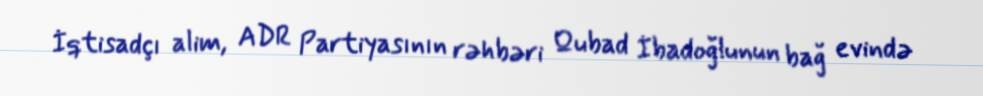
İqtisadçı alim, ADR Partiyasının rəhbəri Qubad İbadoğlunun bağ evində